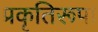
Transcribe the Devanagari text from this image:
प्रकृतिरूपा